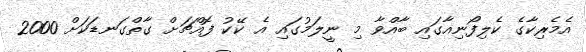
އެމެރިކާގެ ކެލިފޯނިއާގައި ބާއްވާ މި ނީލަމުގައި އެ ކޭކު ފޮއްޗަށް ގާތްގަނޑަކަށް 2000